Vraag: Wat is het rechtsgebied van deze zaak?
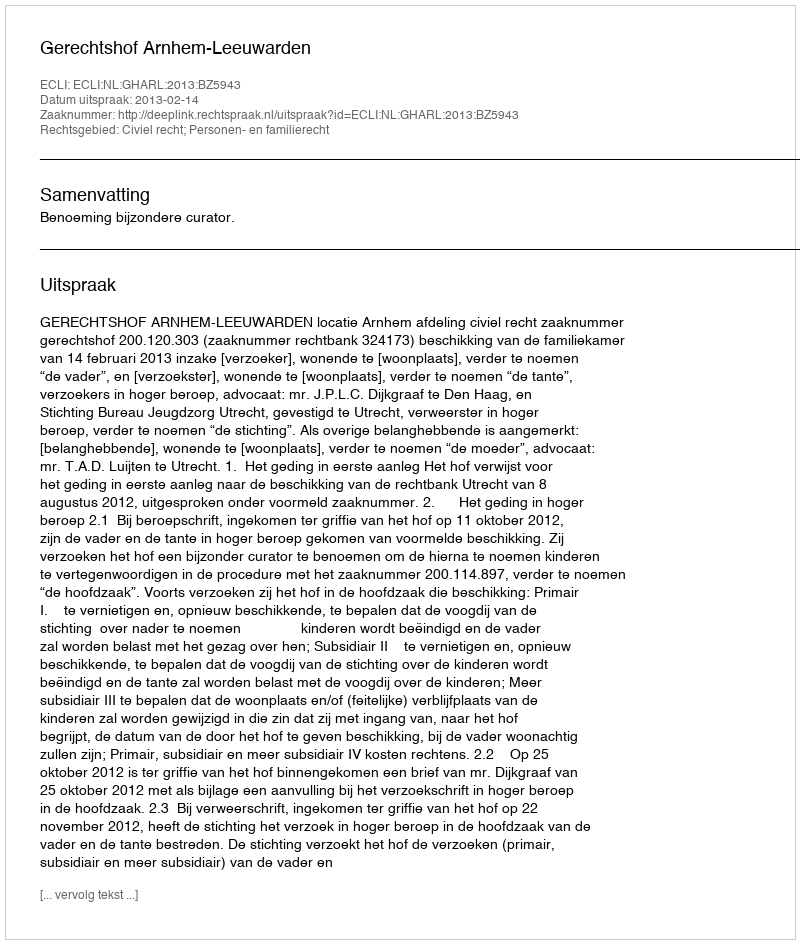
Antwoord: Civiel recht; Personen- en familierecht